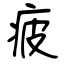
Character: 疲